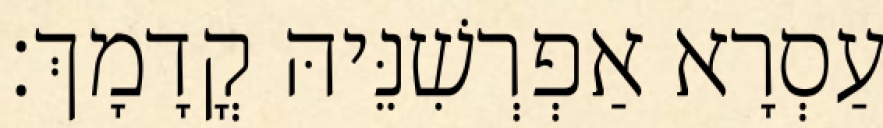
עַסְרָא אַפְרְשִׁנֵּיהּ קֳדָמָךְ׃